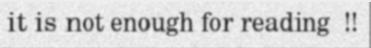
it is not enough for reading  !!